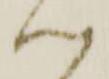
心